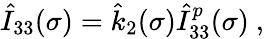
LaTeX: \hat{I}_{33}(\sigma)=\hat{k}_{2}(\sigma)\hat{I}_{33}^{p}(\sigma)\ ,